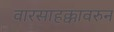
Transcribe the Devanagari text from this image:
वारसाहक्कावरुन